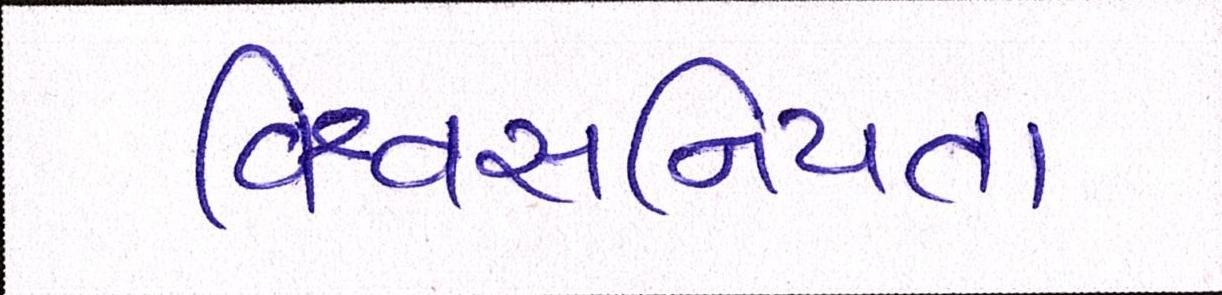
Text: વિશ્વસનિયતા